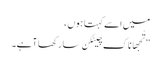
میں اسے کہتا ہوں ،
” تُجھا ناک چِیٹکِن سارکھا آہے۔